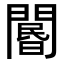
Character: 𨵽